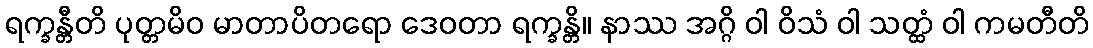
ရက္ခန္တီတိ ပုတ္တမိဝ မာတာပိတရော ဒေဝတာ ရက္ခန္တိ။ နာဿ အဂ္ဂိ ဝါ ဝိသံ ဝါ သတ္ထံ ဝါ ကမတီတိ